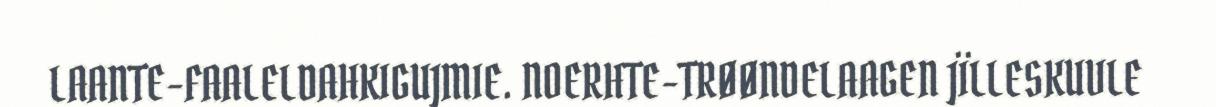
LAANTE-FAALELDAHKIGUJMIE. NOERHTE-TRØØNDELAAGEN JÏLLESKUVLE